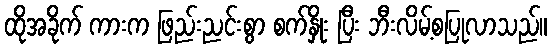
ထိုအခိုက် ကားက ဖြည်းညင်းစွာ စက်နှိုး ပြီး ဘီးလိမ့်စပြုလာသည်။